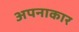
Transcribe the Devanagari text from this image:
अपनाकार